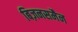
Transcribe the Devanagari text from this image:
बिज़नसमैन